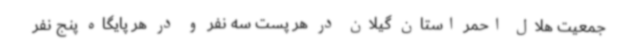
جمعیت هلال احمر استان گیلان در هر پست سه نفر و در هر پایگاه پنج نفر